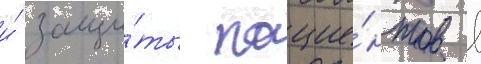
и́ защи́ты пацие́нтов в